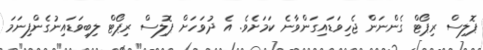
ޕޮލިސް ރިޕޯޓް ގެންނަން ޖެހިވަޑައިގަންވާނެ ކަމަށެވެ. އެ ދުވަހަށް ޕޮލިސް ރިޕޯޓް ލިބިވަޑައިނުގެންފިނަމަ